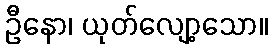
ဦနော၊ ယုတ်လျော့သော။